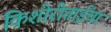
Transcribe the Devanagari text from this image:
किशोरीताईंचा